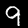
Label: 9